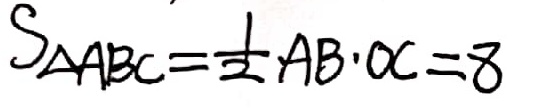
S _ { \Delta A B C } = \frac { 1 } { 2 } A B \cdot O C = 8